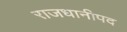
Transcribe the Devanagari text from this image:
राजधानीपद